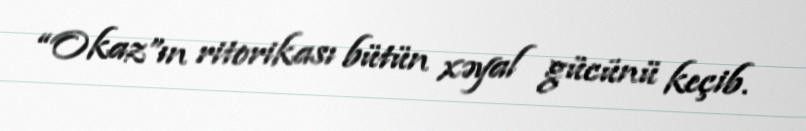
“Okaz”ın ritorikası bütün xəyal gücünü keçib.